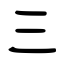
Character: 三